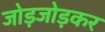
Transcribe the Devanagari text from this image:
जोड़जोड़कर